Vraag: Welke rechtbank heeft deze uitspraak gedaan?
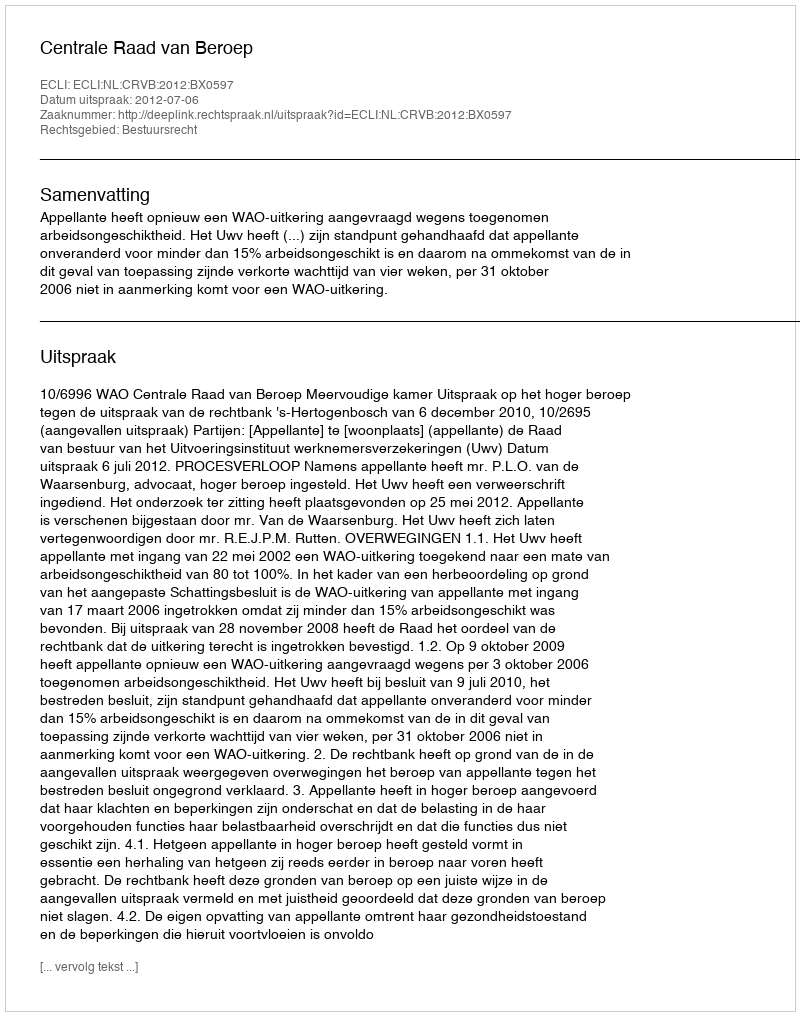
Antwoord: Centrale Raad van Beroep